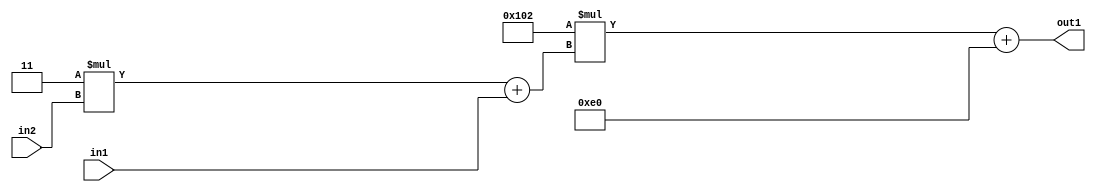
`timescale 1ps / 1ps
/*****************************************************************************
    Verilog RTL Description
    
    
    Created by: Stratus DpOpt 2019.1.01 
*******************************************************************************/

module DC_Filter_Add2i224Mul2i258Add2u1Mul2i3u2_4 (
	in2,
	in1,
	out1
	); /* architecture "behavioural" */ 
input [1:0] in2;
input  in1;
output [11:0] out1;
wire [11:0] asc001;
wire [3:0] asc002;

wire [3:0] asc002_tmp_0;
assign asc002_tmp_0 = 
	+(4'B0011 * in2);
assign asc002 = asc002_tmp_0
	+(in1);

wire [11:0] asc001_tmp_1;
assign asc001_tmp_1 = 
	+(12'B000100000010 * asc002);
assign asc001 = asc001_tmp_1
	+(12'B000011100000);

assign out1 = asc001;
endmodule

/* CADENCE  v7X2SgA= : u9/ySgnWtBlWxVPRXgAZ4Og= ** DO NOT EDIT THIS LINE ******/